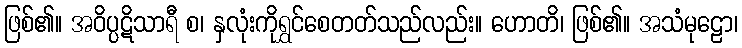
ဖြစ်၏။ အဝိပ္ပဋိသာရီ စ၊ နှလုံးကိုရွှင်စေတတ်သည်လည်း။ ဟောတိ၊ ဖြစ်၏။ အသံမုဠော၊